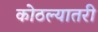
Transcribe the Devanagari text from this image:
कोठल्यातरी